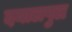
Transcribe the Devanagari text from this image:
दयालपुल